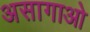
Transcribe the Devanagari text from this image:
असागाओ